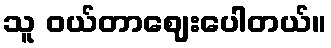
သူ ဝယ်တာဈေးပေါတယ်။